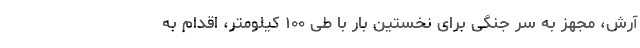
آرش، مجهز به سر جنگی برای نخستین بار با طی ۱۰۰ کیلومتر، اقدام به